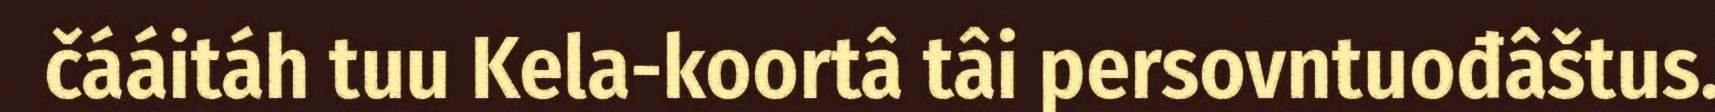
čááitáh tuu Kela-koortâ tâi persovntuođâštus.